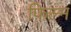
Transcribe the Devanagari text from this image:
फिल्म